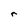
Character: r